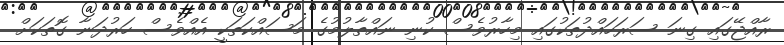
ރާއްޖޭގައި ގިނަ ސަރަހައްދުތަކުގައި މިހާރުވެސް ކުނި ނައްތާލުމުގެ މަސައްކަތަކީ އެއްވެސް ހަރުދަނާ ގޮތަކަށް